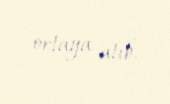
ortaya atıb.